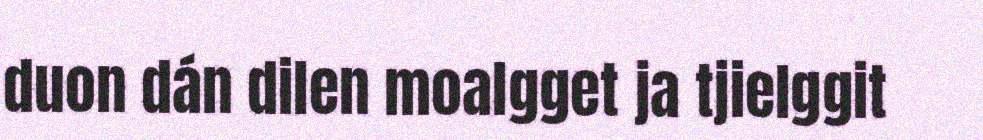
duon dán dilen moalgget ja tjielggit